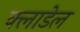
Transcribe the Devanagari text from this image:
क्लाडेल